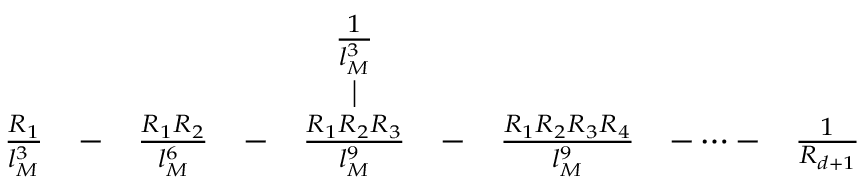
\begin{array} { c c c c c c c c c } { { } } & { { } } & { { } } & { { } } & { { \frac { 1 } { l _ { M } ^ { 3 } } } } & { { } } & { { } } & { { } } & { { } } \\ { { } } & { { } } & { { } } & { { } } & { { \mid } } & { { } } & { { } } & { { } } & { { } } \\ { { \frac { R _ { 1 } } { l _ { M } ^ { 3 } } } } & { { - } } & { { \frac { R _ { 1 } R _ { 2 } } { l _ { M } ^ { 6 } } } } & { { - } } & { { \frac { R _ { 1 } R _ { 2 } R _ { 3 } } { l _ { M } ^ { 9 } } } } & { { - } } & { { \frac { R _ { 1 } R _ { 2 } R _ { 3 } R _ { 4 } } { l _ { M } ^ { 9 } } } } & { { - \dots - } } & { { \frac { 1 } { R _ { d + 1 } } } } \end{array}